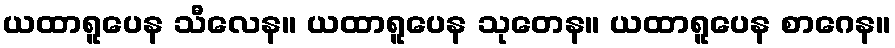
ယထာရူပေန သီလေန။ ယထာရူပေန သုတေန။ ယထာရူပေန စာဂေန။